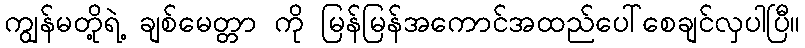
ကျွန်မတို့ရဲ့ ချစ်မေတ္တာ ကို မြန်မြန်အကောင်အထည်ပေါ်စေချင်လှပါပြီ။